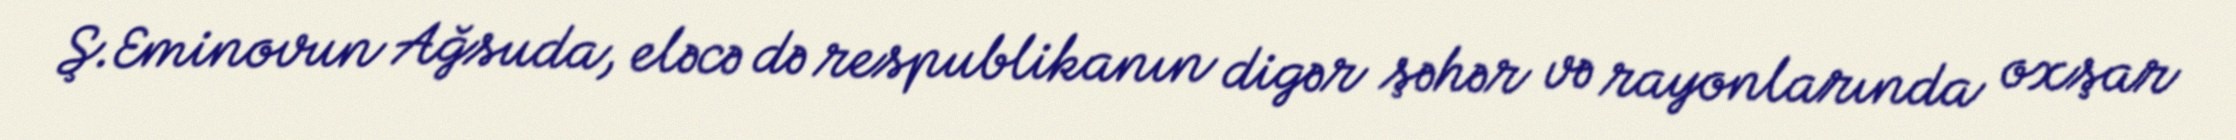
Ş.Eminovun Ağsuda, eləcə də respublikanın digər şəhər və rayonlarında oxşar